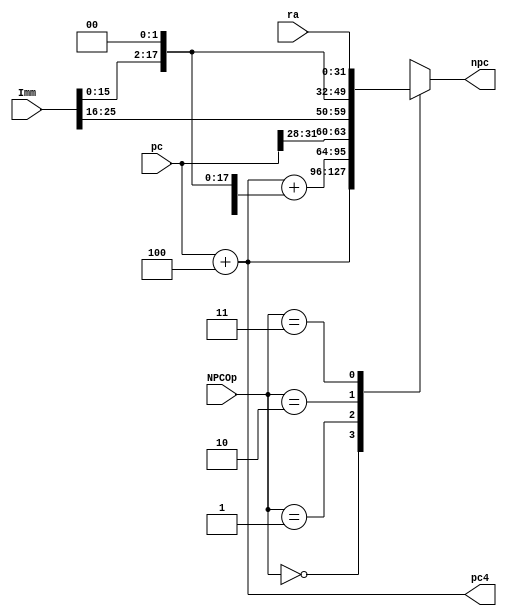
module npc(
    input [31:0] pc,
    input [25:0] Imm,
    input [31:0] ra,
    input [1:0] NPCOp,
    output reg [31:0] npc,
    output [31:0] pc4
);

    always @(*) begin
        case(NPCOp)
            2'b00:      npc <= pc + 32'd4;
            2'b01:      npc <= pc + 32'd4 + {{14{Imm[15]}}, Imm[15:0], 2'b00};
            2'b10:      npc <= {pc[31:28], Imm[25:0], 2'b00};
            2'b11:      npc <= ra;
            default:    npc <= 32'hxxxx_xxxx;
        endcase
    end

    assign pc4 = pc + 32'd4;

endmodule // npc